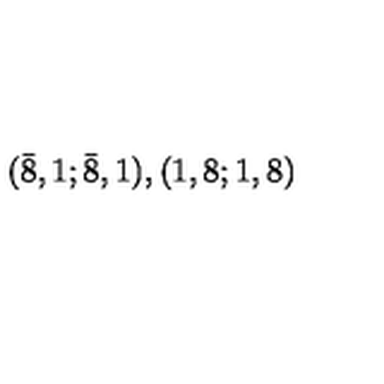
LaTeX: ( { \bar { 8 } } , 1 ; { \bar { 8 } } , 1 ) , ( 1 , 8 ; 1 , 8 )